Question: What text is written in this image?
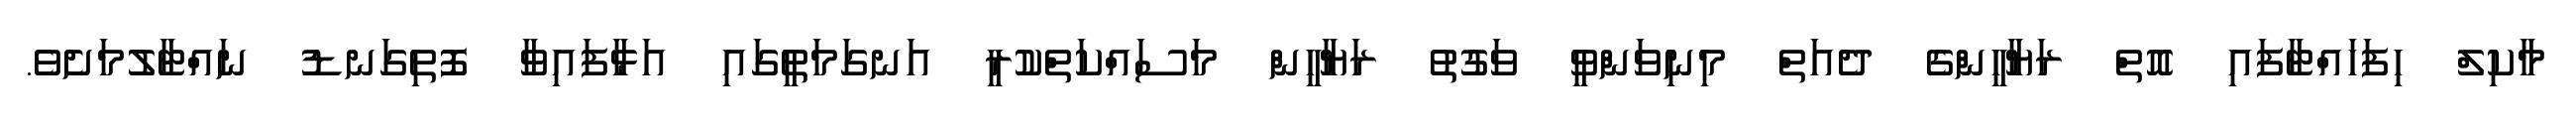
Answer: މާކިލް ހިފަހައްޓާފައި އޮތް ރަޔާހީންގެ ދެއަތް މިނިވަންވީ ވަގުތު ރަޔާހީން މަސައްކަތްކުރީ އަނގަމަތީގައި އަޅާފައިވާ ފޮތިގަނޑު ނައްޓާލުމަށެވެ.